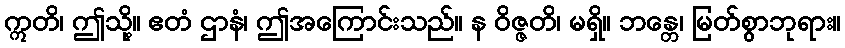
ဣတိ၊ ဤသို့။ ဧတံ ဌာနံ၊ ဤအကြောင်းသည်။ န ဝိဇ္ဇတိ၊ မရှိ။ ဘန္တေ၊ မြတ်စွာဘုရား။